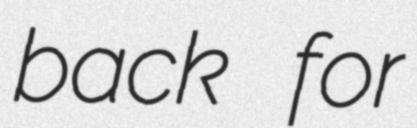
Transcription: back for